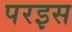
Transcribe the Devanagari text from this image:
परइस